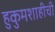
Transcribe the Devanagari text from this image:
हुकुमशाहीची